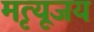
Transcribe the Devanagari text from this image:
मृत्यूजय